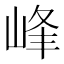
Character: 峰